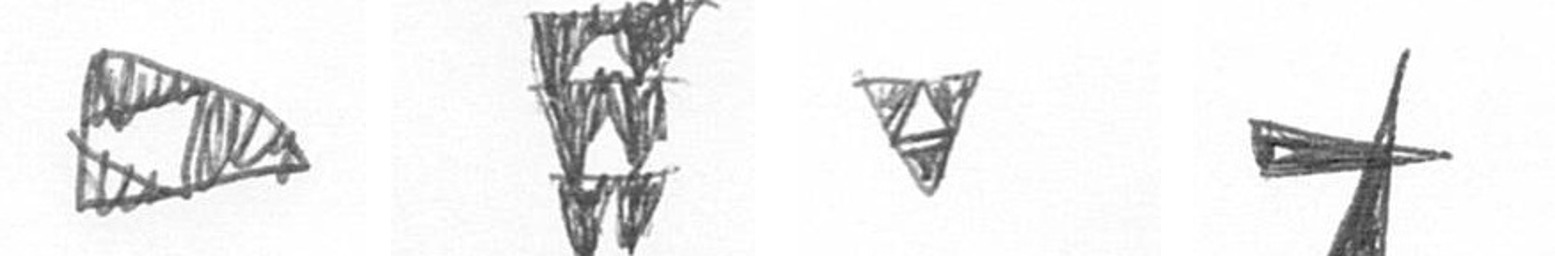
K Y S G